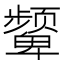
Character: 颦